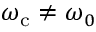
\omega _ { \mathrm { c } } \neq \omega _ { 0 }